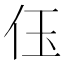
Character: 𠇤